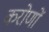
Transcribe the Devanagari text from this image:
करोणों